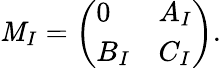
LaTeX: \mathit{M}_{I}=\left(\begin{array}{ll}{{0}}&{{A_{I}}}\\ {{B_{I}}}&{{C_{I}}}\end{array}\right).